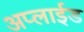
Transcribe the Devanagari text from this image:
अप्‍लाईड